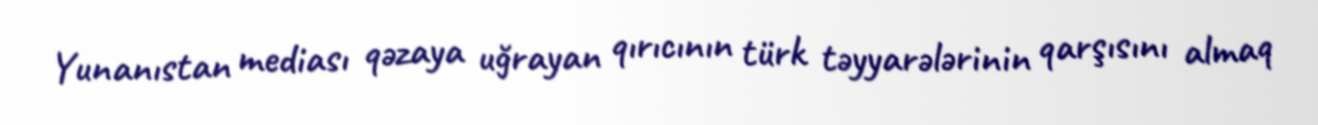
Yunanıstan mediası qəzaya uğrayan qırıcının türk təyyarələrinin qarşısını almaq